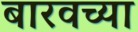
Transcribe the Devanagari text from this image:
बारवच्या